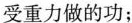
受重力做的功；